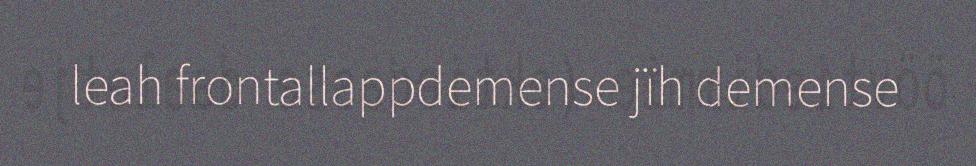
leah frontallappdemense jïh demense